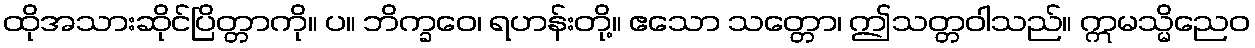
ထိုအသားဆိုင်ပြိတ္တာကို။ ပ။ ဘိက္ခဝေ၊ ရဟန်းတို့။ ဧသော သတ္တော၊ ဤသတ္တဝါသည်။ ဣမသ္မိညေဝ